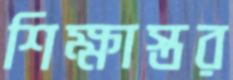
শিক্ষাস্তর